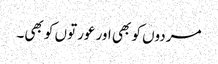
مردوں کو بھی اور عورتوں کو بھی۔